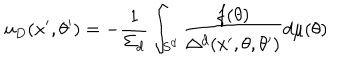
LaTeX: u _ { D } ( x ^ { \prime } , \theta ^ { \prime } ) = - { \frac { 1 } { \Sigma _ { d } } } \int _ { S ^ { d } } { \frac { f ( \theta ) } { \Delta ^ { d } ( x ^ { \prime } , \theta , \theta ^ { \prime } ) } } d \mu ( \theta )